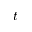
t